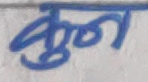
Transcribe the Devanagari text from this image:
कुन